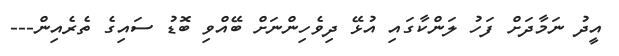
އީދު ނަމާދަށް ފަހު ލަންކާގައި އުޅޭ ދިވެހިންނަށް ބޭއްވި ބޮޑު ސައިގެ ތެރެއިން---